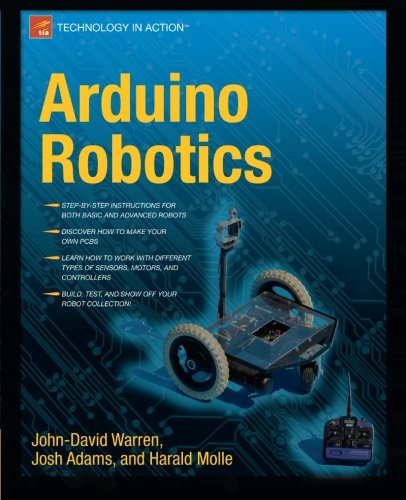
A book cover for Arduino Robotics (Technology in Action); John-David Warren; Computers & Technology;